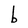
Character: b